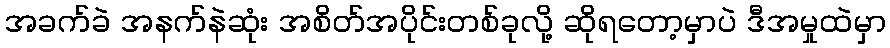
အခက်ခဲ အနက်နဲဆုံး အစိတ်အပိုင်းတစ်ခုလို့ ဆိုရတော့မှာပဲ ဒီအမှုထဲမှာ